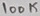
Text: 100K